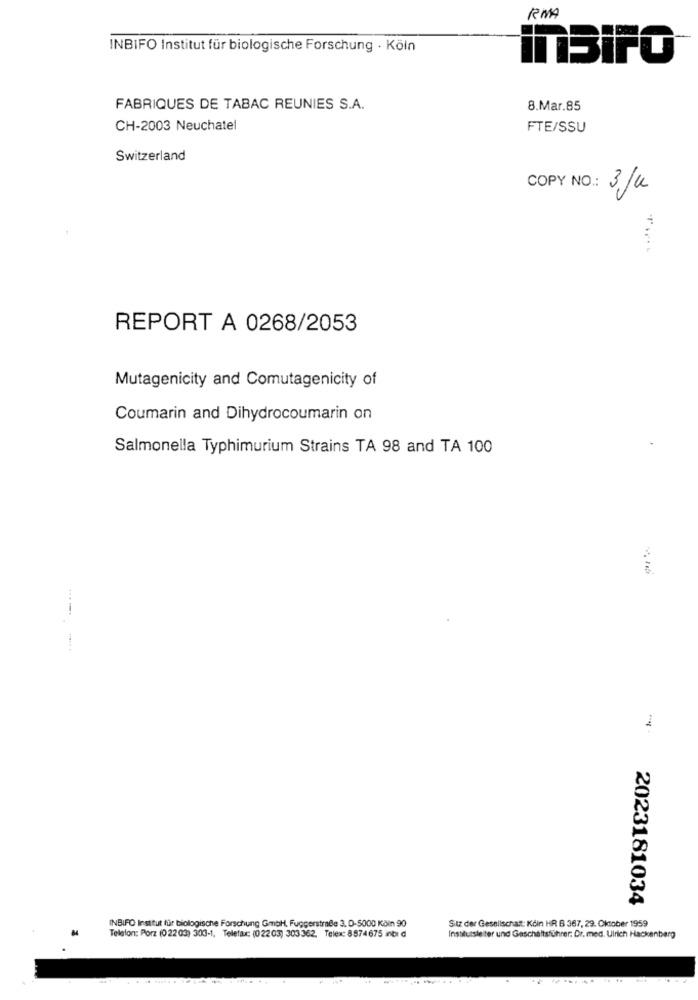
RMA
INBIFO Institut für biologische Forschung · Köln
ITBiFO
FABRIQUES DE TABAC REUNIES S.A.
8.Mar.85
CH-2003 Neuchatel
FTE/SSU
Switzerland
COPY NO .: 3,Ju
REPORT A 0268/2053
Mutagenicity and Comutagenicity of
Coumarin and Dihydrocoumarin on
Salmonella Typhimurium Strains TA 98 and TA 100
2023181034
INBIFO Institut für biologische Forschung GmbH, Fuggerstraße 3, D-5000 Köin 90
Sitz der Gesellschaft: Koln HR B 367, 29. Oktober 1959
Telefon: Porz (0 2203) 303-1. Telefax: (022 03) 303362. Telex: 8874675 inti d
Institutsleiter und Geschäftsführer: Dr. med. Ulrich Hackenberg
...